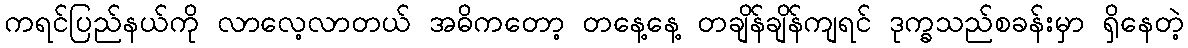
ကရင်ပြည်နယ်ကို လာလေ့လာတယ် အဓိကတော့ တနေ့နေ့ တချိန်ချိန်ကျရင် ဒုက္ခသည်စခန်းမှာ ရှိနေတဲ့